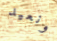
ونعيد